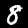
Digit: 8